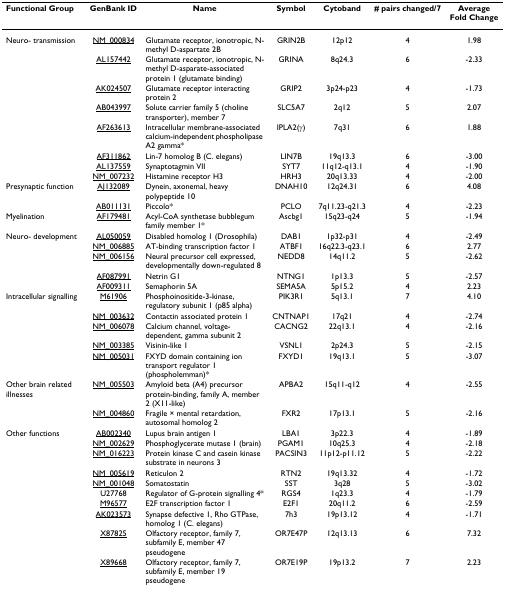
<table><thead><tr><td><b>Functional Group</b></td><td><b>GenBank ID</b></td><td><b>Name</b></td><td><b>Symbol</b></td><td><b>Cytoband</b></td><td><b># pairs changed/7</b></td><td><b>Average Fold Change</b></td></tr></thead><tbody><tr><td>Neuro- transmission</td><td>NM_000834</td><td>Glutamate receptor, ionotropic, N-methyl D-aspartate 2B</td><td>GRIN2B</td><td>12p12</td><td>4</td><td>1.98</td></tr><tr><td></td><td>AL157442</td><td>Glutamate receptor, ionotropic, N-methyl D-asparate-associated protein 1 (glutamate binding)</td><td>GRINA</td><td>8q24.3</td><td>6</td><td>-2.33</td></tr><tr><td></td><td>AK024507</td><td>Glutamate receptor interacting protein 2</td><td>GRIP2</td><td>3p24-p23</td><td>4</td><td>-1.73</td></tr><tr><td></td><td>AB043997</td><td>Solute carrier family 5 (choline transporter), member 7</td><td>SLC5A7</td><td>2q12</td><td>5</td><td>2.07</td></tr><tr><td></td><td>AF263613</td><td>Intracellular membrane-associated calcium-independent phospholipase A2 gamma*</td><td>IPLA2(γ)</td><td>7q31</td><td>6</td><td>1.88</td></tr><tr><td></td><td>AF311862</td><td>Lin-7 homolog B (C. elegans)</td><td>LIN7B</td><td>19q13.3</td><td>6</td><td>-3.00</td></tr><tr><td></td><td>AL137559</td><td>Synaptotagmin VII</td><td>SYT7</td><td>11q12-q13.1</td><td>4</td><td>-1.90</td></tr><tr><td></td><td>NM_007232</td><td>Histamine receptor H3</td><td>HRH3</td><td>20q13.33</td><td>4</td><td>-2.00</td></tr><tr><td>Presynaptic function</td><td>AJ132089</td><td>Dynein, axonemal, heavy polypeptide 10</td><td>DNAH10</td><td>12q24.31</td><td>6</td><td>4.08</td></tr><tr><td></td><td>AB011131</td><td>Piccolo*</td><td>PCLO</td><td>7q11.23-q21.3</td><td>4</td><td>-2.23</td></tr><tr><td>Myelination</td><td>AF179481</td><td>Acyl-CoA synthetase bubblegum family member 1*</td><td>Ascbg1</td><td>15q23-q24</td><td>5</td><td>-1.94</td></tr><tr><td>Neuro- development</td><td>AL050059</td><td>Disabled homolog 1 (Drosophila)</td><td>DAB1</td><td>1p32-p31</td><td>4</td><td>-2.49</td></tr><tr><td></td><td>NM_006885</td><td>AT-binding transcription factor 1</td><td>ATBF1</td><td>16q22.3-q23.1</td><td>6</td><td>2.77</td></tr><tr><td></td><td>NM_006156</td><td>Neural precursor cell expressed, developmentally down-regulated 8</td><td>NEDD8</td><td>14q11.2</td><td>5</td><td>-2.62</td></tr><tr><td></td><td>AF087991</td><td>Netrin G1</td><td>NTNG1</td><td>1p13.3</td><td>5</td><td>-2.57</td></tr><tr><td></td><td>AF009311</td><td>Semaphorin 5A</td><td>SEMA5A</td><td>5p15.2</td><td>4</td><td>2.23</td></tr><tr><td>Intracellular signalling</td><td>M61906</td><td>Phosphoinositide-3-kinase, regulatory subunit 1 (p85 alpha)</td><td>PIK3R1</td><td>5q13.1</td><td>7</td><td>4.10</td></tr><tr><td></td><td>NM_003632</td><td>Contactin associated protein 1</td><td>CNTNAP1</td><td>17q21</td><td>4</td><td>-2.74</td></tr><tr><td></td><td>NM_006078</td><td>Calcium channel, voltage-dependent, gamma subunit 2</td><td>CACNG2</td><td>22q13.1</td><td>4</td><td>-2.16</td></tr><tr><td></td><td>NM_003385</td><td>Visinin-like 1</td><td>VSNL1</td><td>2p24.3</td><td>5</td><td>-2.15</td></tr><tr><td></td><td>NM_005031</td><td>FXYD domain containing ion transport regulator 1 (phospholemman)*</td><td>FXYD1</td><td>19q13.1</td><td>5</td><td>-3.07</td></tr><tr><td>Other brain related illnesses</td><td>NM_005503</td><td>Amyloid beta (A4) precursor protein-binding, family A, member 2 (X11-like)</td><td>APBA2</td><td>15q11-q12</td><td>4</td><td>-2.55</td></tr><tr><td></td><td>NM_004860</td><td>Fragile × mental retardation, autosomal homolog 2</td><td>FXR2</td><td>17p13.1</td><td>5</td><td>-2.16</td></tr><tr><td>Other functions</td><td>AB002340</td><td>Lupus brain antigen 1</td><td>LBA1</td><td>3p22.3</td><td>4</td><td>-1.89</td></tr><tr><td></td><td>NM_002629</td><td>Phosphoglycerate mutase 1 (brain)</td><td>PGAM1</td><td>10q25.3</td><td>4</td><td>-2.18</td></tr><tr><td></td><td>NM_016223</td><td>Protein kinase C and casein kinase substrate in neurons 3</td><td>PACSIN3</td><td>11p12-p11.12</td><td>5</td><td>-2.22</td></tr><tr><td></td><td>NM_005619</td><td>Reticulon 2</td><td>RTN2</td><td>19q13.32</td><td>4</td><td>-1.72</td></tr><tr><td></td><td>NM_001048</td><td>Somatostatin</td><td>SST</td><td>3q28</td><td>5</td><td>-3.02</td></tr><tr><td></td><td>U27768</td><td>Regulator of G-protein signalling 4*</td><td>RGS4</td><td>1q23.3</td><td>4</td><td>-1.79</td></tr><tr><td></td><td>M96577</td><td>E2F transcription factor 1</td><td>E2F1</td><td>20q11.2</td><td>6</td><td>-2.59</td></tr><tr><td></td><td>AK023573</td><td>Synapse defective 1, Rho GTPase, homolog 1 (C. elegans)</td><td>7h3</td><td>19p13.12</td><td>4</td><td>-1.71</td></tr><tr><td></td><td>X87825</td><td>Olfactory receptor, family 7, subfamily E, member 47 pseudogene</td><td>OR7E47P</td><td>12q13.13</td><td>6</td><td>7.32</td></tr><tr><td></td><td>X89668</td><td>Olfactory receptor, family 7, subfamily E, member 19 pseudogene</td><td>OR7E19P</td><td>19p13.2</td><td>7</td><td>2.23</td></tr></tbody></table>